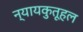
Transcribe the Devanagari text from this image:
न्यायकुतूहल